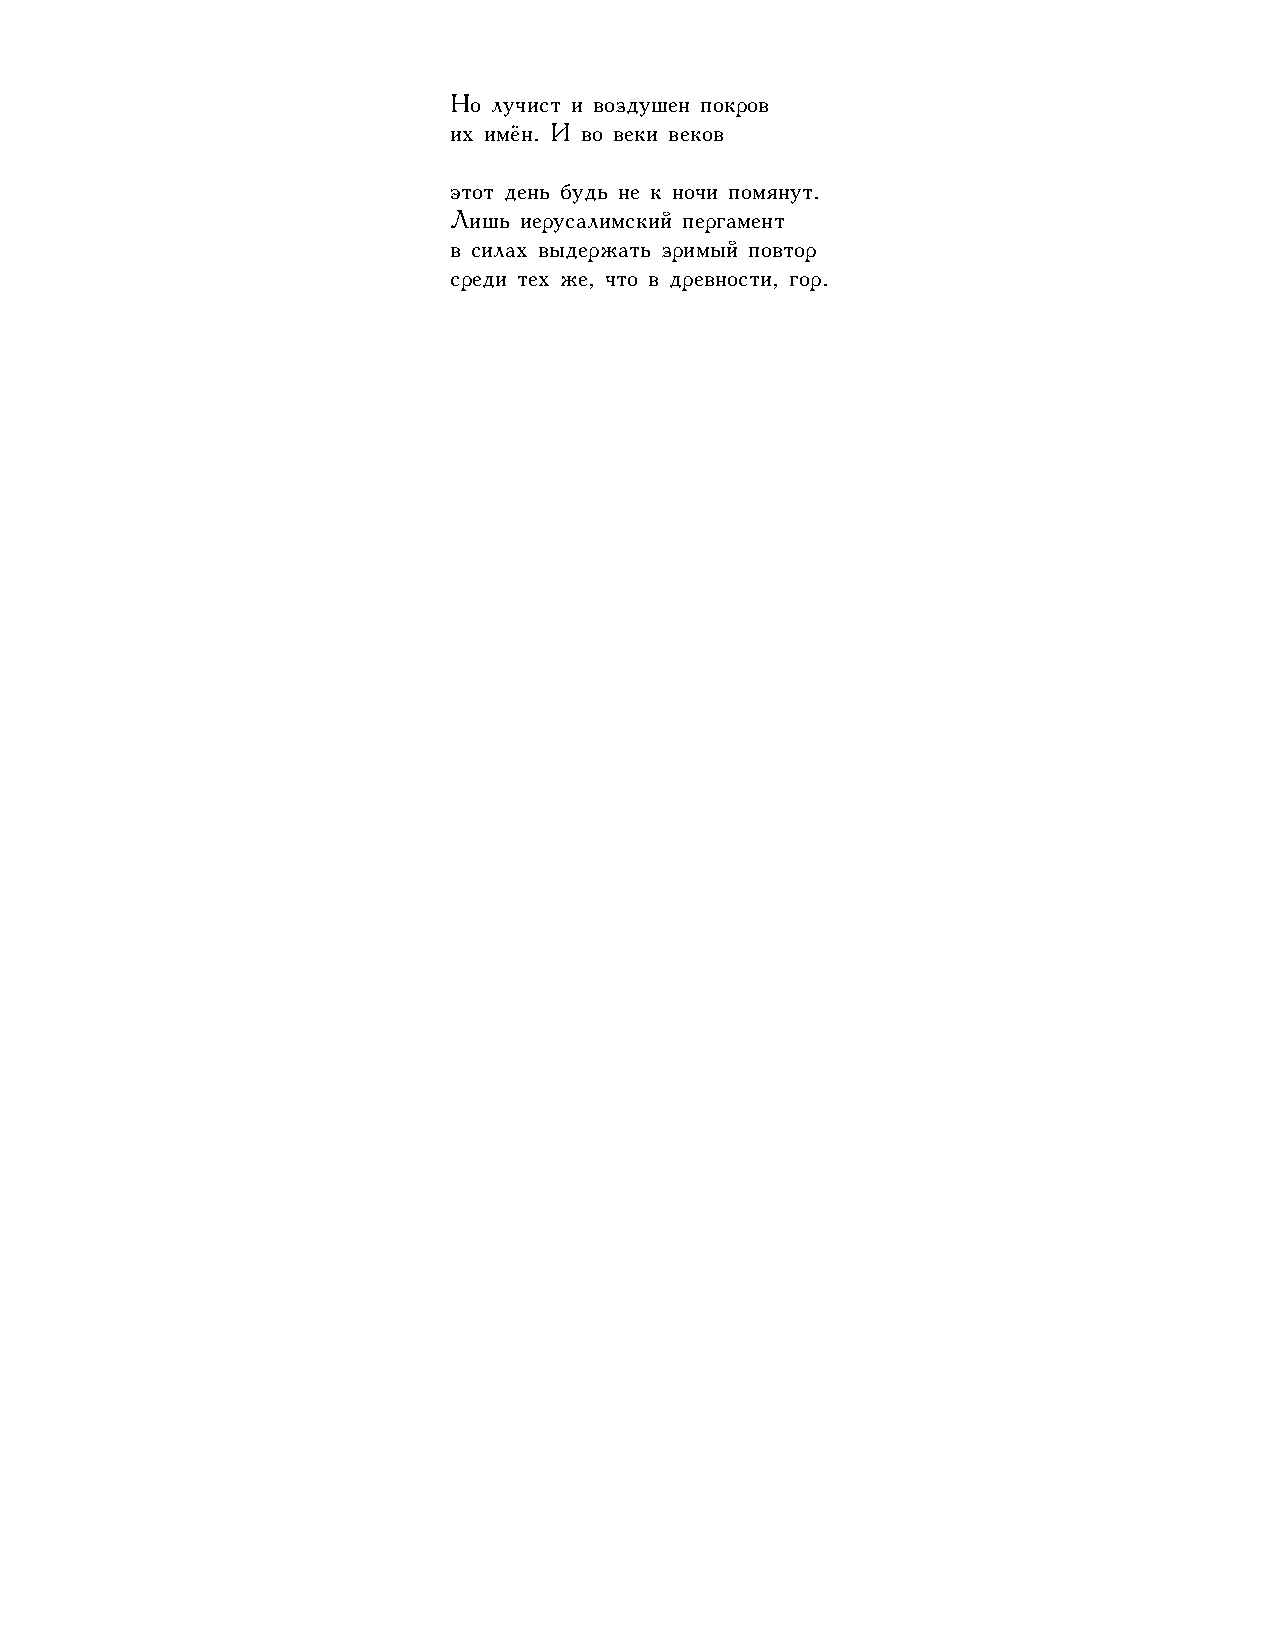
Но лучист и воздушен покров
 их имён. И во веки веков
 этот день будь не к ночи помянут.
 Лишь иерусалимский пергамент
 в силах выдержать зримый повтор
 среди тех же, что в древности, гор.
 36